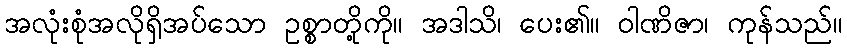
အလုံးစုံအလိုရှိအပ်သော ဥစ္စာတို့ကို။ အဒါသိ၊ ပေး၏။ ဝါဏိဇာ၊ ကုန်သည်။